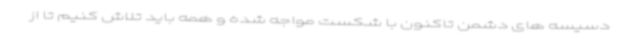
دسیسه های دشمن تاکنون با شکست مواجه شده و همه باید تلاش کنیم تا از